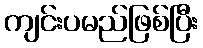
ကျင်းပမည်ဖြစ်ပြီး